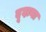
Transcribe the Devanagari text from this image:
दूदाना